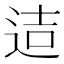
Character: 迼